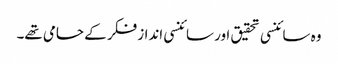
وہ سائنسی تحقیق اور سائنسی انداز فکر کے حامی تھے۔